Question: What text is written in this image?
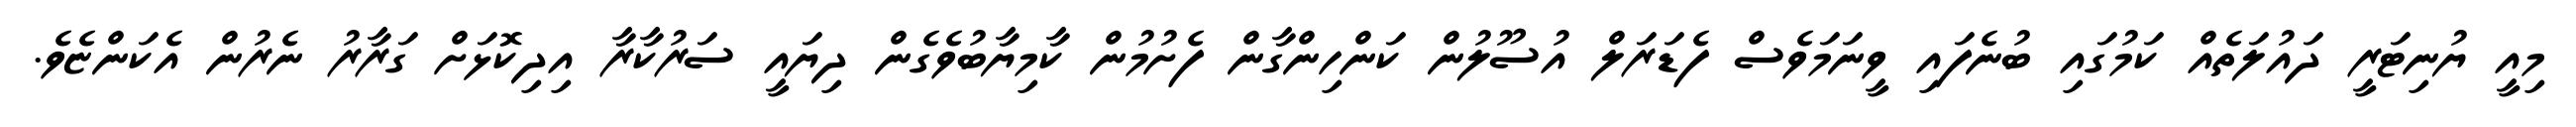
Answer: މިއީ ޔުނިޓަރީ ދައުލަތެއް ކަމުގައި ބުނެފައި ވީނަމަވެސް ފެޑަރަލް އުސޫލުން ކަންހިންގާން ފެށުމުން ކާމިޔާބުވެގެން ދިޔައީ ސަރުކާރާ އިދިކޮޅަށް ގަރާރު ނެރުން އެކަންޏެވެ.